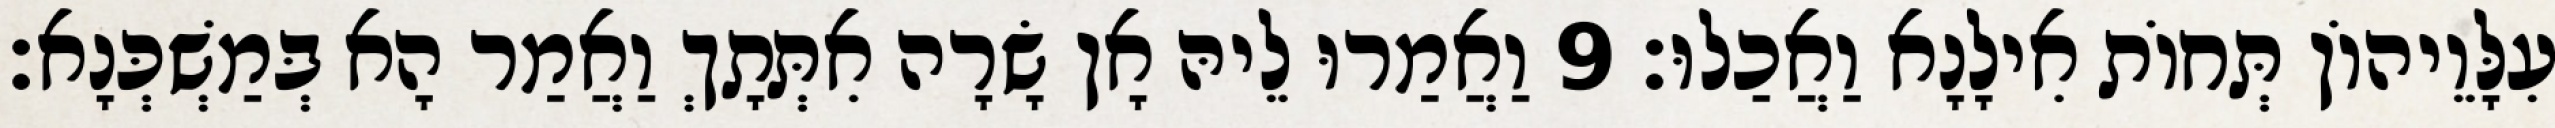
עִלָּוֵיהוֹן תְּחוֹת אִילָנָא וַאֲכַלוּ׃ 9 וַאֲמַרוּ לֵיהּ אָן שָׂרָה אִתְּתָךְ וַאֲמַר הָא בְּמַשְׁכְּנָא׃